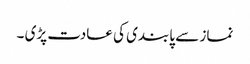
نماز سے پابندی کی عادت پڑی ۔